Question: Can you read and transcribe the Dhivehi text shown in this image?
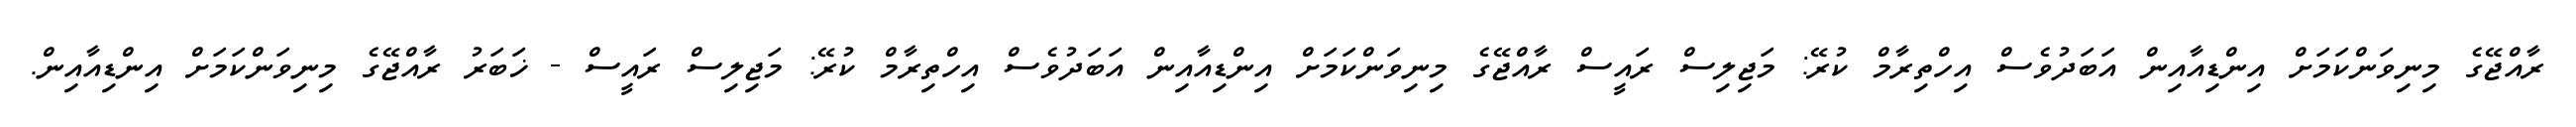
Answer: ރާއްޖޭގެ މިނިވަންކަމަށް އިންޑިއާއިން އަބަދުވެސް އިހްތިރާމް ކުރޭ: މަޖިލިސް ރައީސް ރާއްޖޭގެ މިނިވަންކަމަށް އިންޑިއާއިން އަބަދުވެސް އިހްތިރާމް ކުރޭ: މަޖިލިސް ރައީސް - ޚަބަރު ރާއްޖޭގެ މިނިވަންކަމަށް އިންޑިއާއިން.